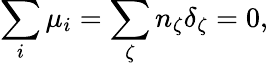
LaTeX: \sum_{i}\mu_{i}=\sum_{\zeta}n_{\zeta}\delta_{\zeta}=0,